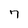
Character: 7